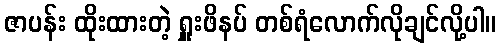
ဇာပန်း ထိုးထားတဲ့ ရှူးဖိနပ် တစ်ရံလောက်လိုချင်လို့ပါ။